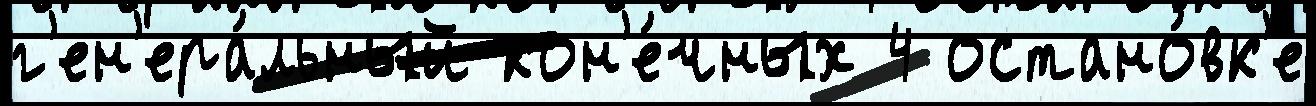
г'ен'ера́льный кон'е́чных 4 остано́вк'е